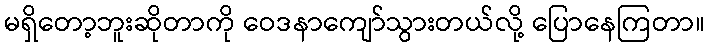
မရှိတော့ဘူးဆိုတာကို ဝေဒနာကျော်သွားတယ်လို့ ပြောနေကြတာ။